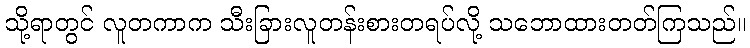
သို့ရာတွင် လူတကာက သီးခြားလူတန်းစားတရပ်လို့ သဘောထားတတ်ကြသည်။